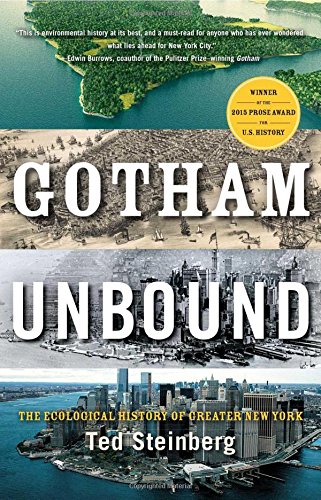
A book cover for Gotham Unbound: The Ecological History of Greater New York; Ted Steinberg; History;